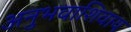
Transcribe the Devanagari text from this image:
अनुभवाशिवाय